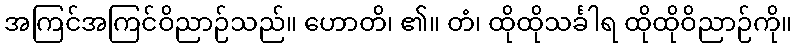
အကြင်အကြင်ဝိညာဉ်သည်။ ဟောတိ၊ ၏။ တံ၊ ထိုထိုသင်္ခါရ ထိုထိုဝိညာဉ်ကို။